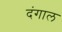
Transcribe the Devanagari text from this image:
दंगाल